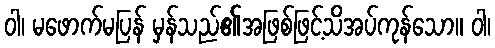
ဝါ၊ မဖောက်မပြန် မှန်သည်၏အဖြစ်ဖြင့်သိအပ်ကုန်သော။ ဝါ၊